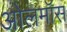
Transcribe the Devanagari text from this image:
ओलमॉस